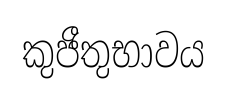
කුජීතුභාවය